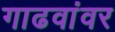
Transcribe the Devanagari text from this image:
गाढवांवर